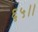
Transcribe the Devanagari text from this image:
६५।।